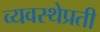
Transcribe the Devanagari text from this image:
व्यवस्थेप्रती